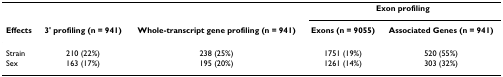
<table><thead><tr><td></td><td></td><td></td><td colspan="2"><b>Exon profiling</b></td></tr><tr><td><b>Effects</b></td><td><b>3&#x27; profiling (n = 941)</b></td><td><b>Whole-transcript gene profiling (n = 941)</b></td><td><b>Exons (n = 9055)</b></td><td><b>Associated Genes (n = 941)</b></td></tr></thead><tbody><tr><td>Strain</td><td>210 (22%)</td><td>238 (25%)</td><td>1751 (19%)</td><td>520 (55%)</td></tr><tr><td>Sex</td><td>163 (17%)</td><td>195 (20%)</td><td>1261 (14%)</td><td>303 (32%)</td></tr></tbody></table>